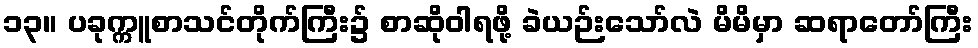
၁၃။ ပခုက္ကူစာသင်တိုက်ကြီး၌ စာဆိုဝါရဖို့ ခဲယဉ်းသော်လဲ မိမိမှာ ဆရာတော်ကြီး